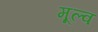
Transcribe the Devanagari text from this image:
मूल्व